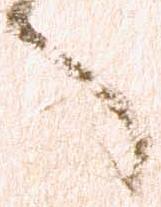
へ